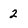
Character: 2